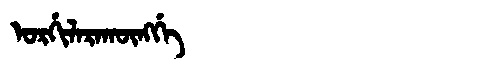
Manchu: ᠣᡵᡤᡳᠯᠠᡵᠠᡴᡡᠩᡤᡝ
Romanization: ORGILARAKŪNGGE